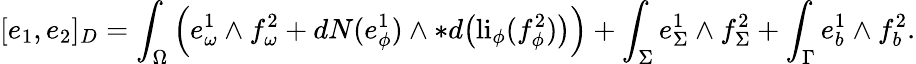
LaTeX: [e_{1},e_{2}]_{D}=\int_{\Omega}\Big(e_{\omega}^{1}\wedge f_{\omega}^{2}+dN(e_{\phi}^{1})\wedge\ast d\big(\mathrm{li}_{\phi}(f_{\phi}^{2})\big)\Big)+\int_{\Sigma}e_{\Sigma}^{1}\wedge f_{\Sigma}^{2}+\int_{\Gamma}e_{b}^{1}\wedge f_{b}^{2}.